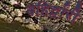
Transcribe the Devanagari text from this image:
बहिर्द्वारी